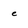
Character: e